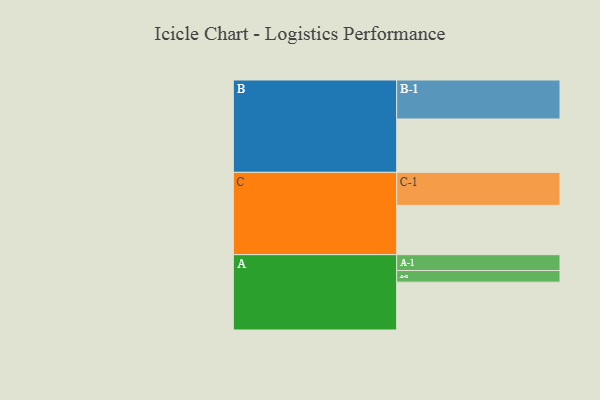
{"axis": {"x": "Segment", "y": "Value"}, "legend": ["", "A", "B", "C"], "data": [{"x": "A", "y": 329, "type": ""}, {"x": "B", "y": 367, "type": ""}, {"x": "C", "y": 339, "type": ""}, {"x": "A-1", "y": 109, "type": "A"}, {"x": "A-2", "y": 80, "type": "A"}, {"x": "B-1", "y": 268, "type": "B"}, {"x": "C-1", "y": 227, "type": "C"}]}